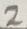
Text: 2